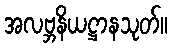
အလဗ္ဘနိယဋ္ဌာနသုတ်။